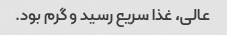
عالی‌، غذا سریع رسید و گرم بود.